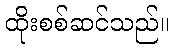
ထိုးစစ်ဆင်သည်။